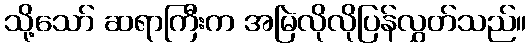
သို့သော် ဆရာကြီးက အမြဲလိုလိုပြန်လွှတ်သည်။